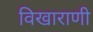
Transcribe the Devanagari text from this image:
विखाराणी